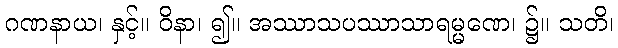
ဂဏနာယ၊ နှင့်။ ဝိနာ၊ ၍။ အဿာသပဿာသာရမ္မဏေ၊ ၌။ သတိ၊